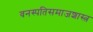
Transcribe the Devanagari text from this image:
वनस्पतिसमाजशास्त्र